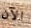
الآن